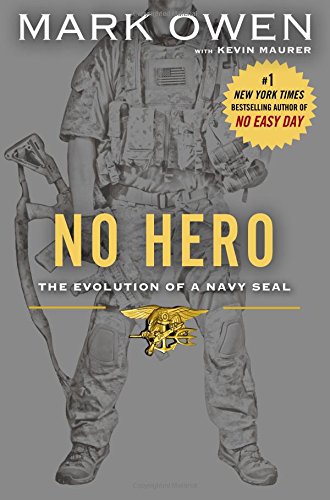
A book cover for No Hero: The Evolution of a Navy SEAL; Mark Owen; Biographies & Memoirs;